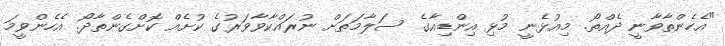
"އެހެންތާވާނީ ދެއްތޯ. މިއުޅެނީ މުޅި އިންޑިއާގެ ސަލާމަތަށް ނުރައްކާވާވަރުގެ ކުށެއް ކޮށްގެންތާދޯ. އެެހެންވީމަ